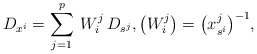
\begin{align*}D_{x^i} = \sum_{j=1}^p\> W^j_i\, D_{s^j},\big(W^j_i\big)=\big(x_{s^i}^j\big)^{-1},\end{align*}